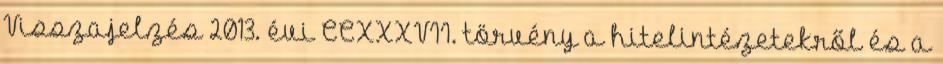
Visszajelzés 2013. évi CCXXXVII. törvény a hitelintézetekről és a